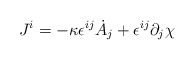
\begin{align*}J^i=-\kappa\epsilon^{ij}\dot{A}_j+\epsilon^{ij}\partial_j \chi\end{align*}